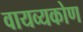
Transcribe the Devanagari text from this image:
वायव्यकोण